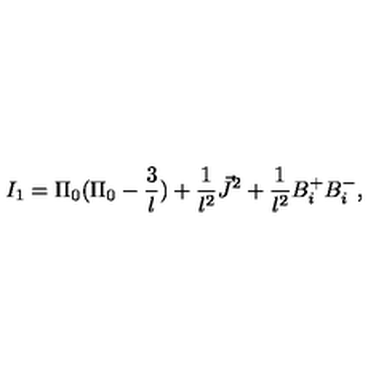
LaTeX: I _ { 1 } = \Pi _ { 0 } ( \Pi _ { 0 } - \frac { 3 } { l } ) + \frac { 1 } { l ^ { 2 } } \vec { J } ^ { 2 } + \frac { 1 } { l ^ { 2 } } B _ { i } ^ { + } B _ { i } ^ { - } ,